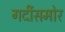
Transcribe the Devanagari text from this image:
गर्दीसमोर